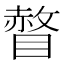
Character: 𰥾